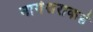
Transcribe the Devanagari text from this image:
नागेश्वराकडे